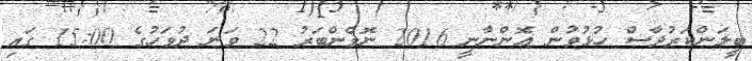
ބީލަންކަރުދާސް ހުޅުވުން އޮންނާނީ 2016 ނޮވެންބަރު 22 ވަނަ ދުވަހުގެ 15:00 ގައި